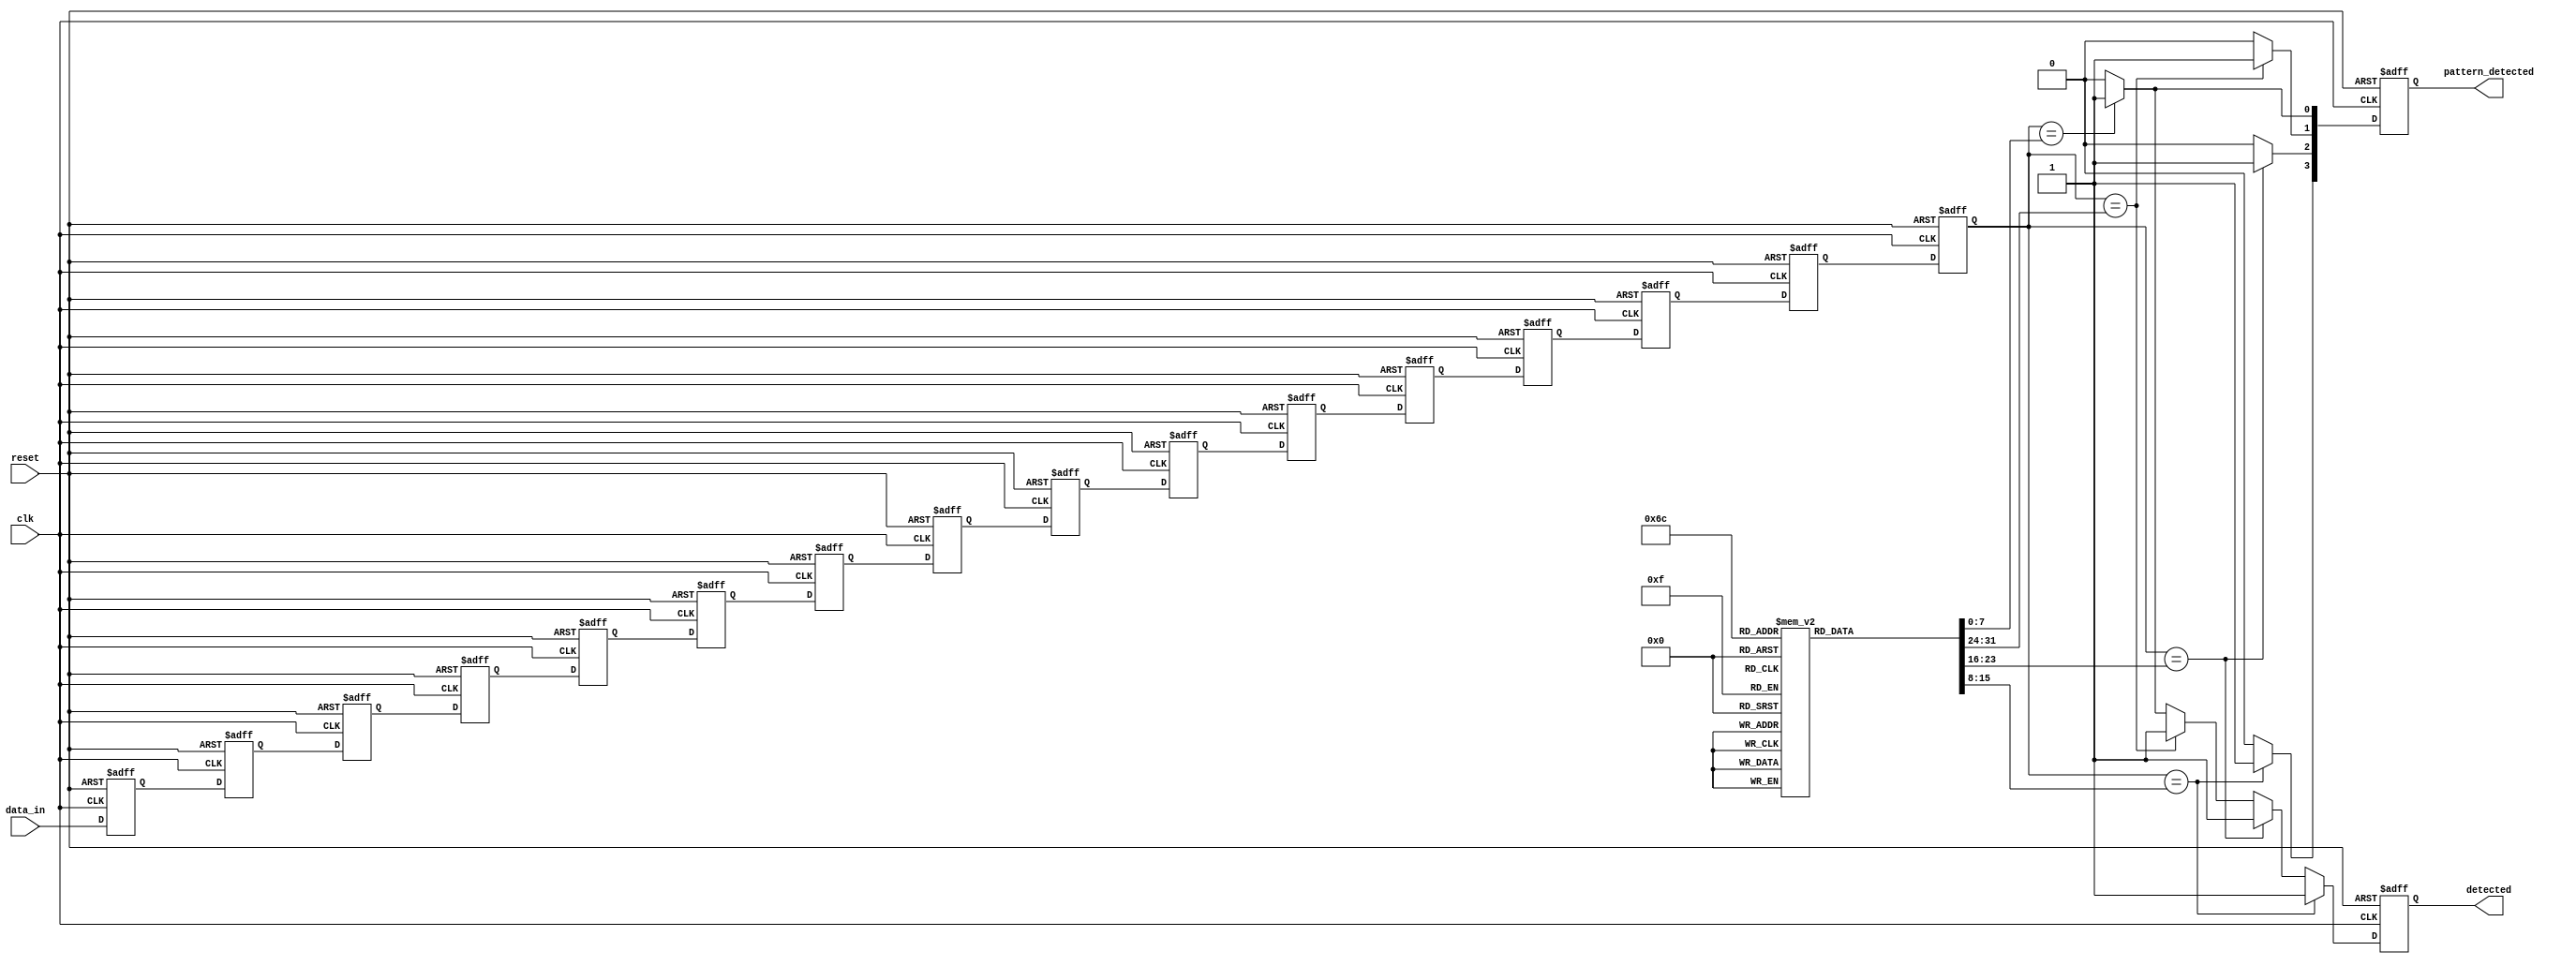
module MemoryBlocksSamplingDelayLineDetector #(
    parameter DATA_WIDTH = 8,            // Width of the input data
    parameter DELAY_DEPTH = 16,          // Depth of the delay line
    parameter PATTERN_WIDTH = 8,          // Width of the reference pattern
    parameter NUM_PATTERNS = 4            // Number of reference patterns
)(
    input wire clk,                       // Sampling clock
    input wire reset,                     // Reset signal
    input wire [DATA_WIDTH-1:0] data_in, // Input signal
    output reg detected,                  // Detection output
    output reg [NUM_PATTERNS-1:0] pattern_detected // Pattern identifier output
);

    // Delay line storage
    reg [DATA_WIDTH-1:0] delay_line [0:DELAY_DEPTH-1];
    
    // Reference patterns storage
    reg [PATTERN_WIDTH-1:0] reference_patterns [0:NUM_PATTERNS-1];
    
    // Internal signals
    integer i;
    reg [DATA_WIDTH-1:0] current_sample;

    // Initialization of reference patterns
    initial begin
        reference_patterns[0] = 8'b10101010; // Example pattern 1
        reference_patterns[1] = 8'b11001100; // Example pattern 2
        reference_patterns[2] = 8'b11110000; // Example pattern 3
        reference_patterns[3] = 8'b00001111; // Example pattern 4
    end

    // Sampling mechanism and delay line update
    always @(posedge clk or posedge reset) begin
        if (reset) begin
            // Reset delay line and output
            for (i = 0; i < DELAY_DEPTH; i = i + 1) begin
                delay_line[i] <= 0;
            end
            detected <= 0;
            pattern_detected <= 0;
        end else begin
            // Shift the delay line
            for (i = DELAY_DEPTH-1; i > 0; i = i - 1) begin
                delay_line[i] <= delay_line[i-1];
            end
            delay_line[0] <= data_in; // Capture current sample

            // Compare the last sample in the delay line with reference patterns
            detected <= 0;
            pattern_detected <= 0;
            for (i = 0; i < NUM_PATTERNS; i = i + 1) begin
                if (delay_line[DELAY_DEPTH-1][PATTERN_WIDTH-1:0] == reference_patterns[i]) begin
                    detected <= 1;
                    pattern_detected[i] <= 1; // Indicate which pattern is detected
                end else begin
                    pattern_detected[i] <= 0; // Clear if not detected
                end
            end
        end
    end

endmodule